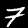
Digit: 7